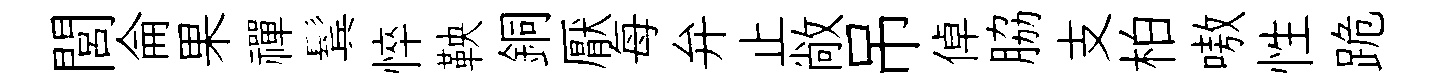
閭侖果禪鬂悴鞅銅厭每弁止敞吊倬脇支柏嗷性跪